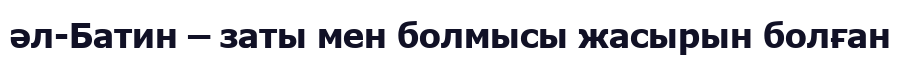
әл-Батин – заты мен болмысы жасырын болған